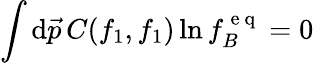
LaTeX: \int\mathrm d\vec{p}\, C(f_{1},f_{1})\ln f_{B}^{\mathrm{~e~q~}}=0